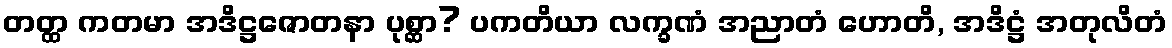
တတ္ထ ကတမာ အဒိဋ္ဌဇောတနာ ပုစ္ဆာ? ပကတိယာ လက္ခဏံ အညာတံ ဟောတိ, အဒိဋ္ဌံ အတုလိတံ